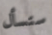
ستسأل